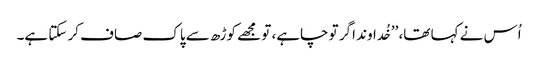
اُس نے کہا تھا، ’’خُداوند اگر تو چاہے، تو مجھے کوڑھ سے پاک صاف کر سکتا ہے۔